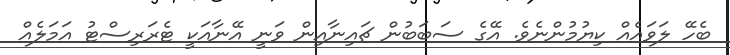
ބެހޭ ލަވައެއް ކިޔުމުންނެވެ. އޭގެ ސަބަބުން ޗައިނާއިން ވަނީ އޭނާއަކީ ޓެރަރިސްޓު އަމަލެއް